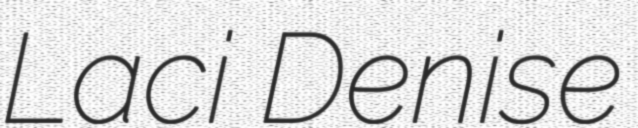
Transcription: Laci Denise